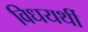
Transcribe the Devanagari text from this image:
विधयर्थी